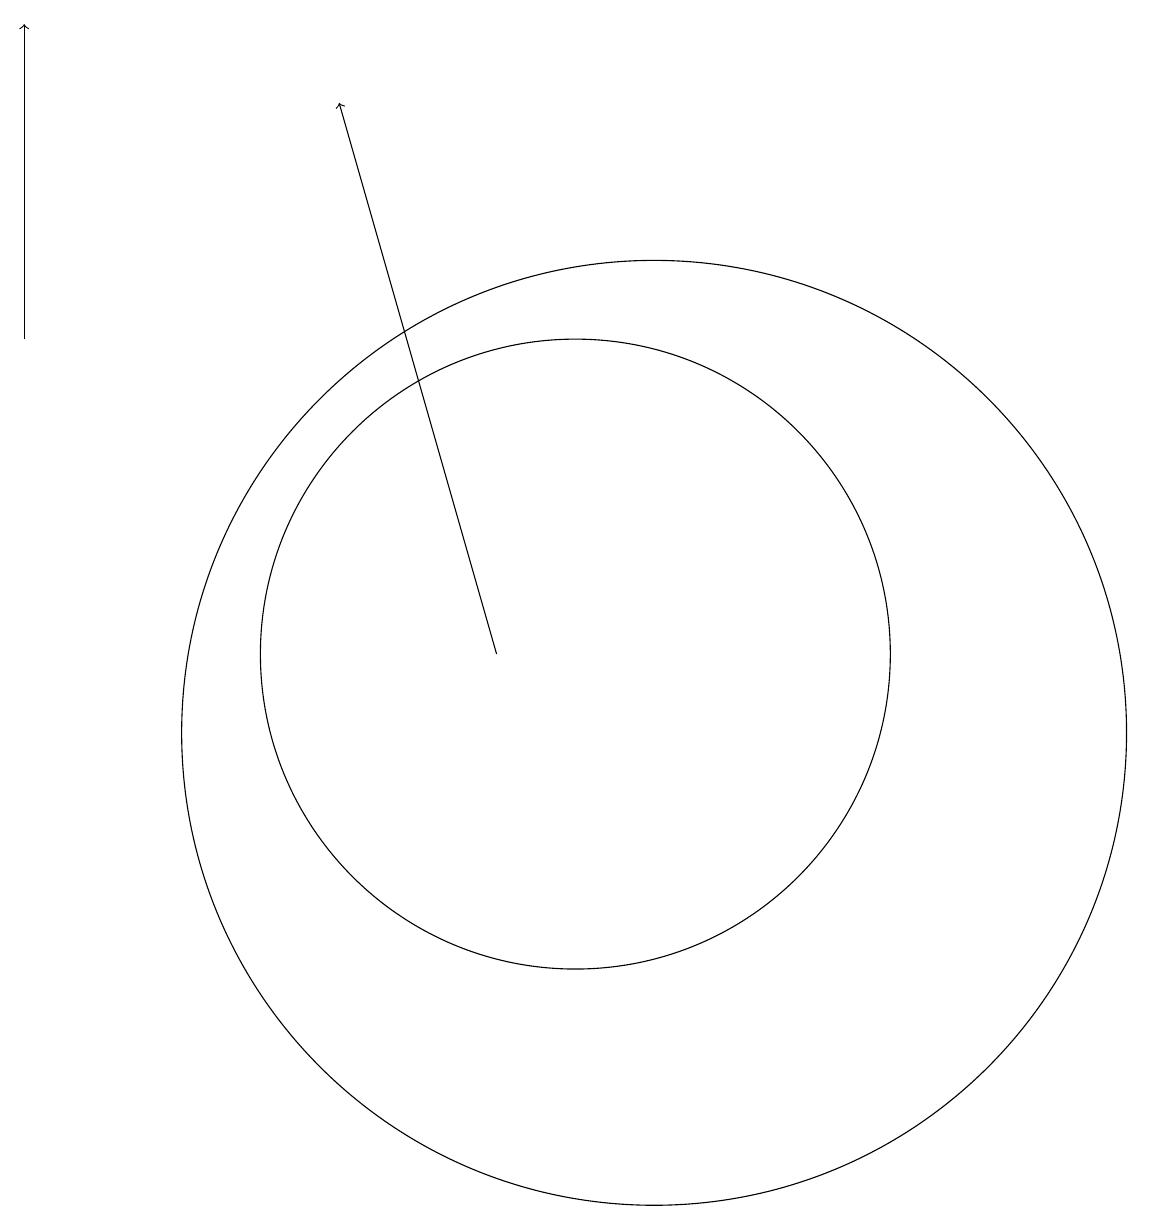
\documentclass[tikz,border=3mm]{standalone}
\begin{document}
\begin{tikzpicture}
\draw (11,11) circle (0);
\draw (11,10) circle (6);
\draw (10,11) circle (4);
\draw[->] (9,11) -- (7,18);
\draw[->] (3,15) -- (3,19);
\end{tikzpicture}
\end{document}